Medical and sanitary report of the native army of Madras for the year
Year: 1876
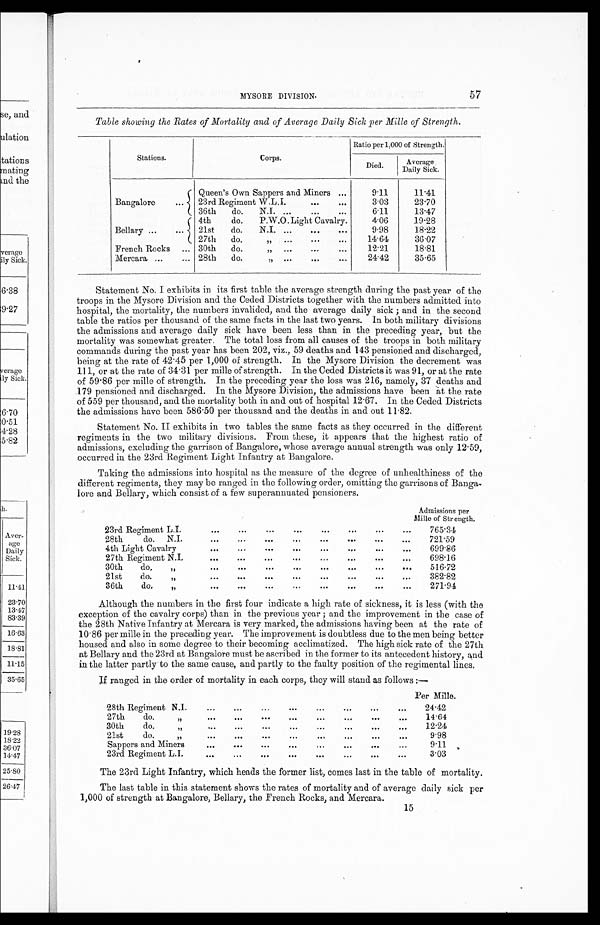
MYSORE DIVISION.
57
Table showing the Rates of Mortality and of Average Daily Sick per Mille of Strength.
Stations.
Corps.
Ratio per 1,000 of Strength.
Died.
Average
Daily Sick.
Bangalore
Queen's Own Sappers and Miners ...
9.11
11.41
23rd Regiment W.L.I.
...
...
3.03
23.70
36th
do.
N.I. ...
...
...
6.11
13.47
Bellary ...
4th
do.
P.W.O.Light Cavalry.
4.06
19.28
21st
do.
N.I. ...
...
...
9.98
18.22
27th
do.
14.64
36.07
French Rocks
... 30th
do.
12.21
18.81
Mercara ...
... 28th
do.
24.42
35.65
Statement No. I exhibits in its first table the average strength during the past year of the
troops in the Mysore Division and the Ceded Districts together with the numbers admitted into
hospital, the mortality, the numbers invalided, and the average daily sick ; and in the second
table the ratios per thousand of the same facts in the last two years. In both military divisions
the admissions and average daily sick have been less than in the preceding year, but the
mortality was somewhat greater. The total loss from all causes of the troops in both military
commands during the past year has been 202, viz., 59 deaths and 143 pensioned and discharged,
being at the rate of 42.45 per 1,000 of strength. In the Mysore Division the decrement was
111, or at the rate of 34.31 per mille of strength. In the Ceded Districts it was 91, or at the rate
of 59.86 per mille of strength. In the preceding year the loss was 216, namely, 37 deaths and
179 pensioned and discharged. In the Mysore Division, the admissions have been at the rate
of 559 per thousand, and the mortality both in and out of hospital 12.67. In the Ceded Districts
the admissions have been 586.50 per thousand and the deaths in and out 11.82.
Statement No. II exhibits in two tables the same facts as they occurred in the different
regiments in the two military divisions. From these, it appears that the highest ratio of
admissions, excluding the garrison of Bangalore, whose average annual strength was only 12.59,
occurred in the 23rd Regiment Light Infantry at Bangalore.
Taking the admissions into hospital as the measure of the degree of unhealthiness of the
different regiments, they may be ranged in the following order, omitting the garrisons of Banga
-lore and Bellary, which consist of a few superannuated pensioners.
Admissions per
Mille of Strength,
23 rd Regiment L.I.
...
...
...
...
...
...
...
765.34
28th
do.
N.I.
...
...
...
...
...
. . . ...
721.59
4th Light Cavalry
...
...
...
...
...
...
...
...
699.86
27th Regi ment N.I.
...
...
...
...
...
...
...
698.16
30th
do,
, , ...
...
...
...
...
...
516.72
21st
do.
,, ...
...
...
...
...
... ...
...
382.82
36th
do,
,,
...
...
...
...
...
...
...
271.94
Although the numbers in the first four indicate a high rate of sickness, it is less (with the
exception of the cavalry corps) than in the previous year ; and the improvement in the case of
the 28th Native Infantry at Mercara is very marked, the admissions having been at the rate of
10.86 per mille in the preceding year. The improvement is doubtless due to the men being better
housed and also in some degree to their becoming acclimatized. The high sick rate of the 27th
at Bellary and the 23rd at Bangalore must be ascribed in the former to its antecedent history, and
in the latter partly to the same cause, and partly to the faulty position of the regimental lines.
If ranged in the order of mortality in each corps, they will stand as follows :—
28th Regiment N.I.
...
...
...
...
...
...
...
...
Per Mille.
24.42
27th
do. ,,
...
. ..
...
...
...
1 4 . 6 4
30th
do. ,,
...
...
...
...
... ...
...,
21st
do.
5.
...
...
...
...
...
...
...
1 2 . 2 4
9.98
Sappers and Miners
... ...
...
...
...
...
9.11
23rd Regiment L.I. ...
....
...
...
...
...
...
...
3 . 0 3
The 23rd Light Infantry, which heads the former list, comes last in the table of mortality.
The last table in this statement shows the rates of mortality and of average daily sick per
1,000 of strength at Bangalore, Bellary, the French Rocks, and Mercara.
15